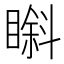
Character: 𱳇